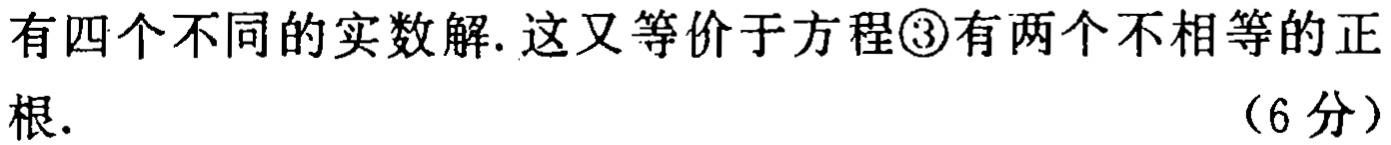
有四个不同的实数解. 这又等价于方程\textcircled{3}有两个不相等的正根. （6分）